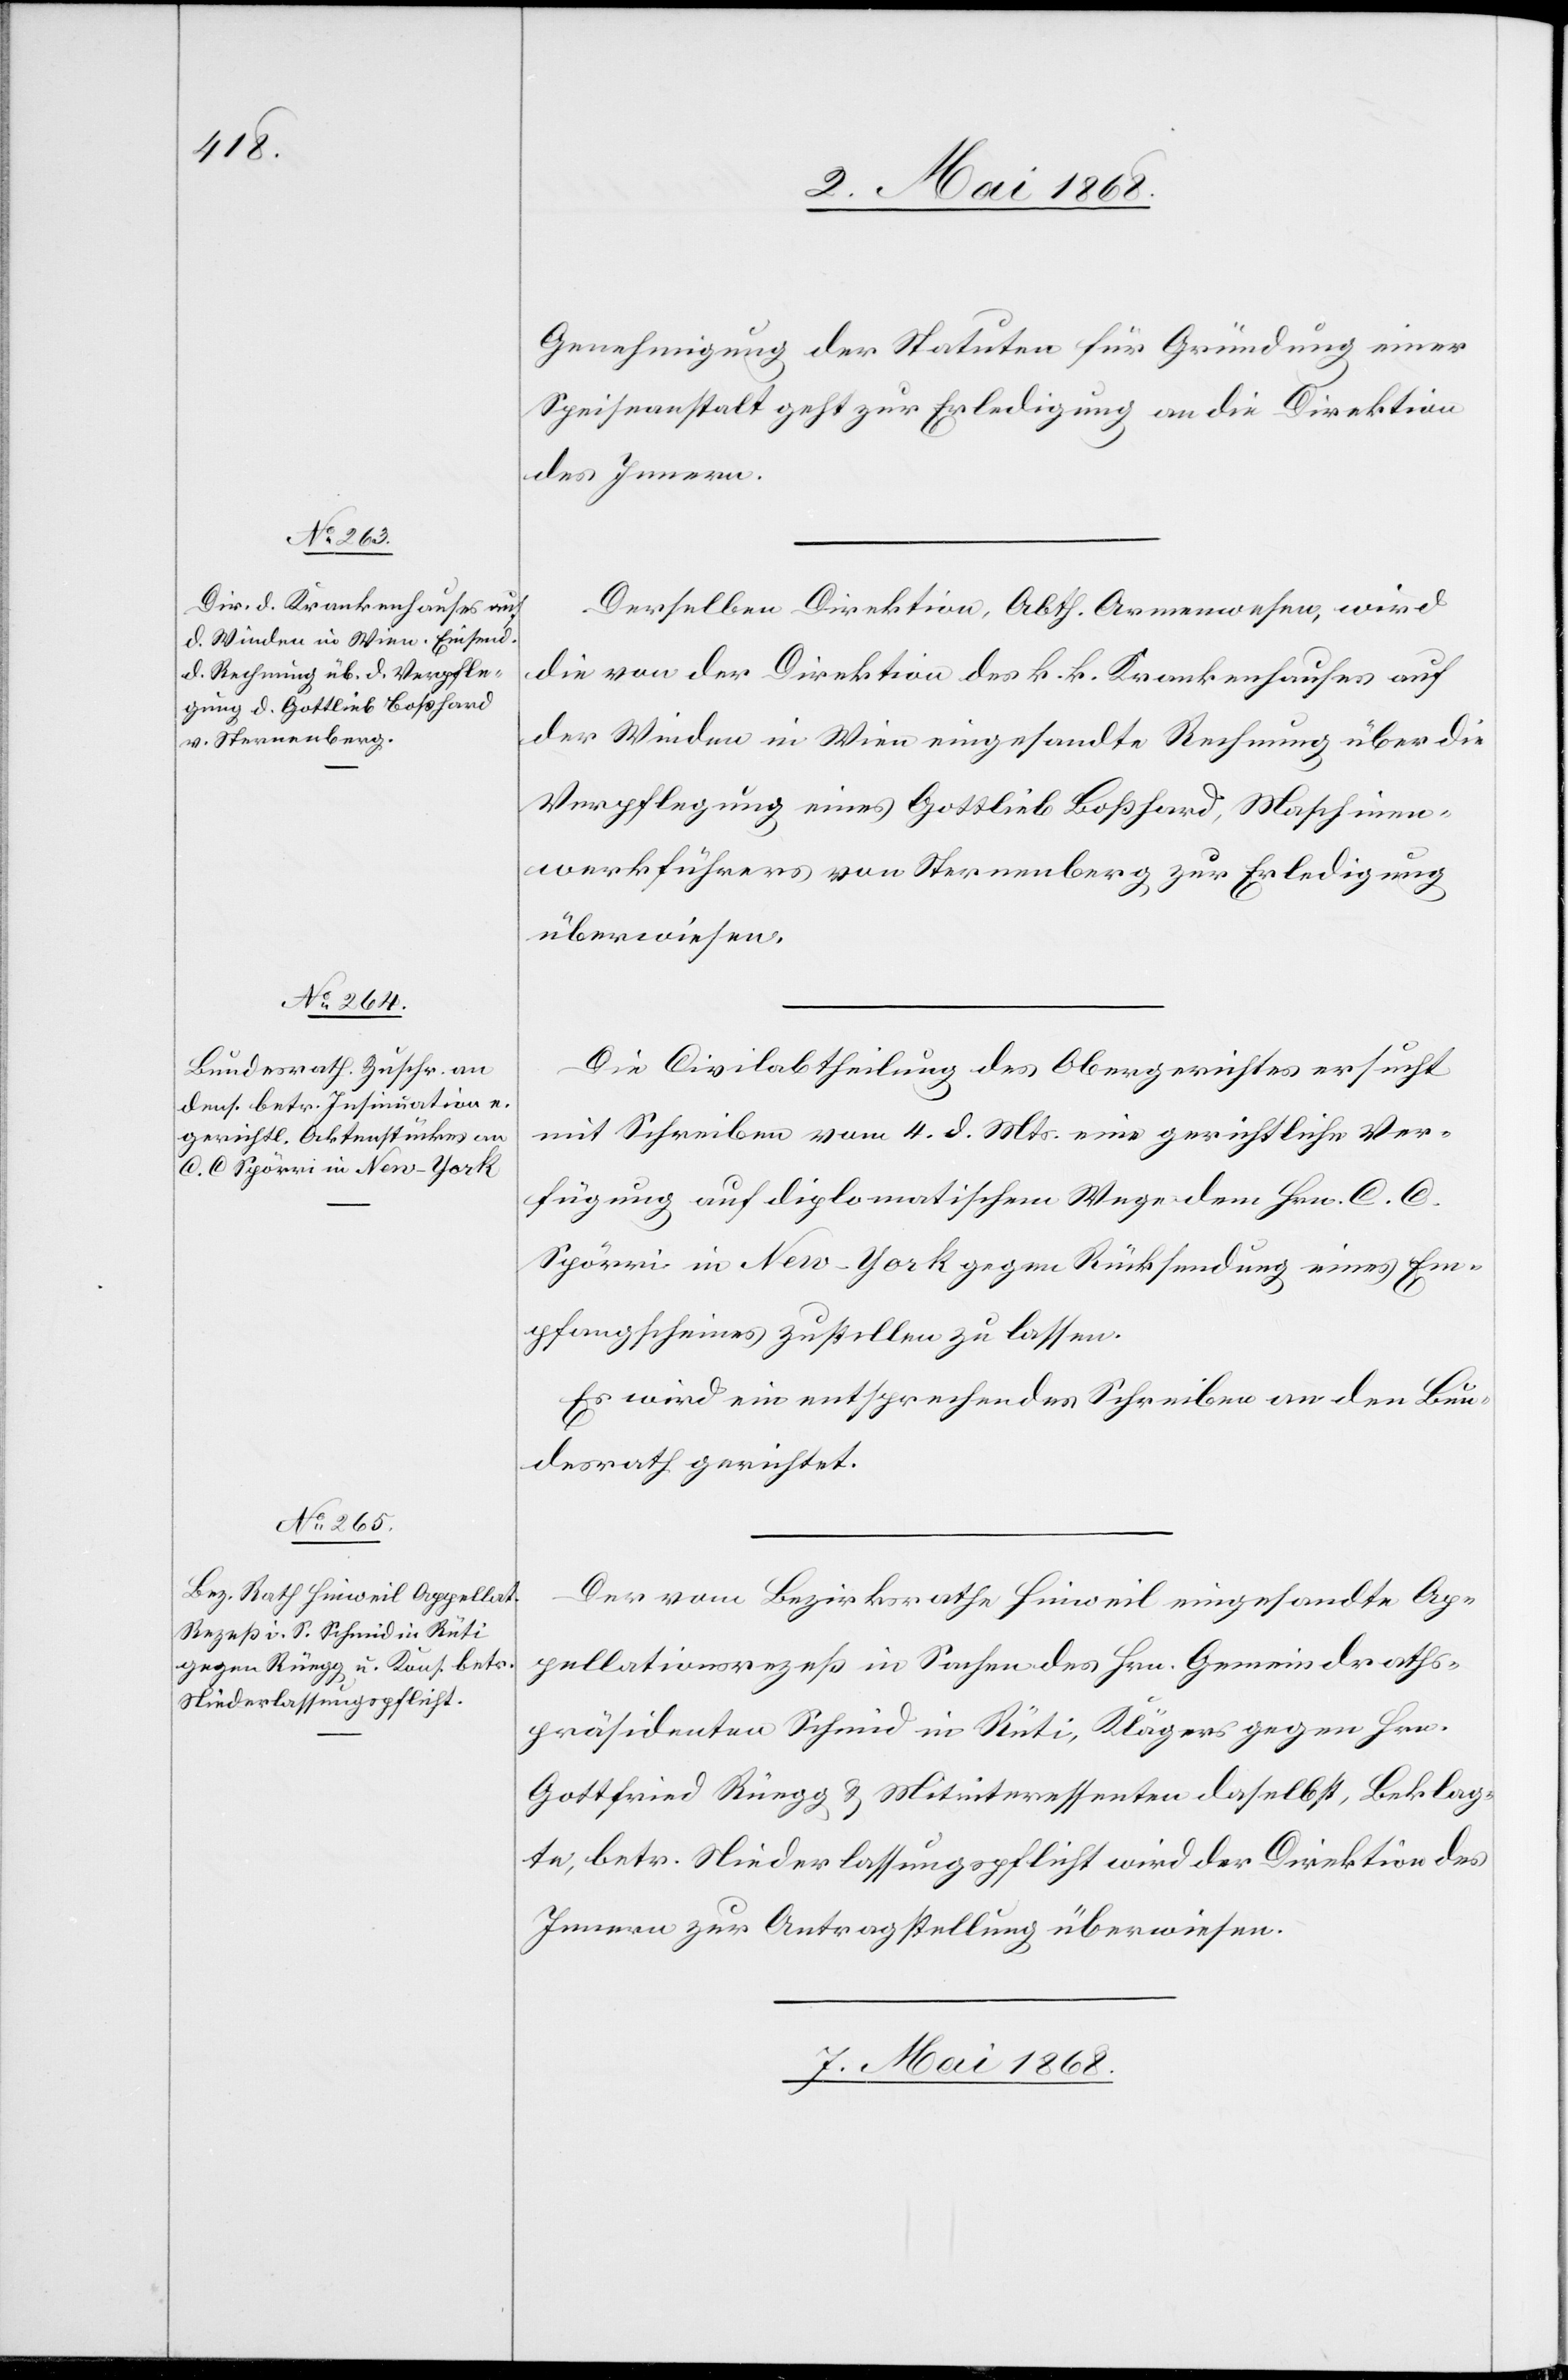
Genehmigung der Statuten für Gründung einer
Speiseanstalt geht zur Erledigung an die Direktion
des Innern.
Derselben Direktion, Abth. Armenwesen, wird
die von der Direktion des k. k. Krankenhauses auf
der Winden in Wien eingesandte Rechnung über die
Verpflegung eines Gottlieb Boßhard, Maschinen¬
werkführers von Sternenberg zur Erledigung
überwiesen.
Die Civilabtheilung des Obergerichtes ersucht
mit Schreiben vom 4. d. Mts. eine gerichtliche Ver¬
fügung auf diplomatischem Wege dem Hrn. C. C.
Spörri in New-York gegen Rücksendung eines Em¬
pfangscheines zustellen zu lassen.
Es wird ein entsprechendes Schreiben an den Bun¬
desrath gerichtet.
Der vom Bezirksrathe Hinweil eingesandte Ap¬
pellationsrezeß in Sachen des Hrn. Gemeindraths¬
präsidenten Schmid in Rüti, Klägers gegen Hrn.
Gottfried Rüegg & Mitinteressenten daselbst, Beklag¬
te, betr. Niederlassungspflicht wird der Direktion des
Innern zur Antragstellung überwiesen.
7. Mai 1868.